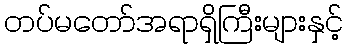
တပ်မတော်အရာရှိကြီးများနှင့်